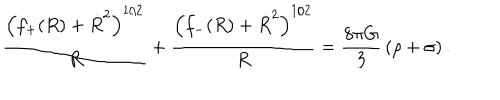
LaTeX: \frac { \left( f _ { + } ( R ) + \dot { R } ^ { 2 } \right) ^ { 1 / 2 } } { R } + \frac { \left( f _ { - } ( R ) + \dot { R } ^ { 2 } \right) ^ { 1 / 2 } } { R } = \frac { 8 \pi G } { 3 } \, ( \rho + \sigma ) \, .